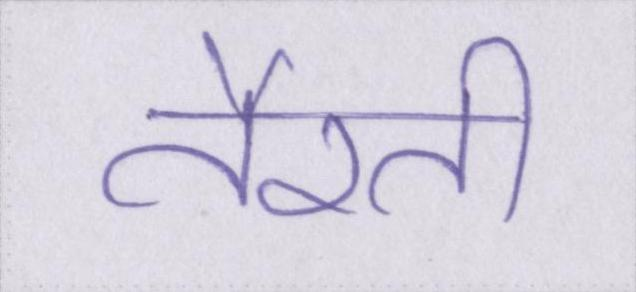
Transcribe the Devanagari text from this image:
तैरती